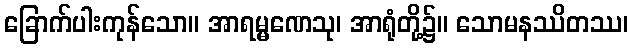
ခြောက်ပါးကုန်သော။ အာရမ္မဏေသု၊ အာရုံတို့၌။ သောမနဿိတဿ၊